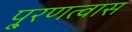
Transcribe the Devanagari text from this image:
पू्रणत्वास